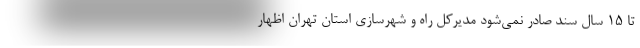
تا ۱۵ سال سند صادر نمی‌شود مدیرکل راه و شهرسازی استان تهران اظهار